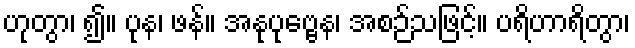
ဟုတွာ၊ ၍။ ပုန၊ ဖန်။ အနုပုဗ္ဗေန၊ အစဉ်သဖြင့်။ ပရိဟာရိတွာ၊